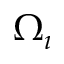
\Omega _ { \i }